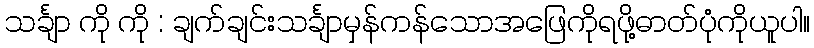
သင်္ချာ ကို ကို : ချက်ချင်းသင်္ချာမှန်ကန်သောအဖြေကိုရဖို့ဓာတ်ပုံကိုယူပါ။